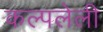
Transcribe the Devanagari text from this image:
कल्पलेली